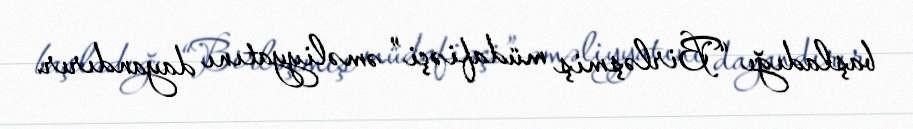
başladığı “Birləşmiş müdafiəçi” əməliyyatını dayandırır.